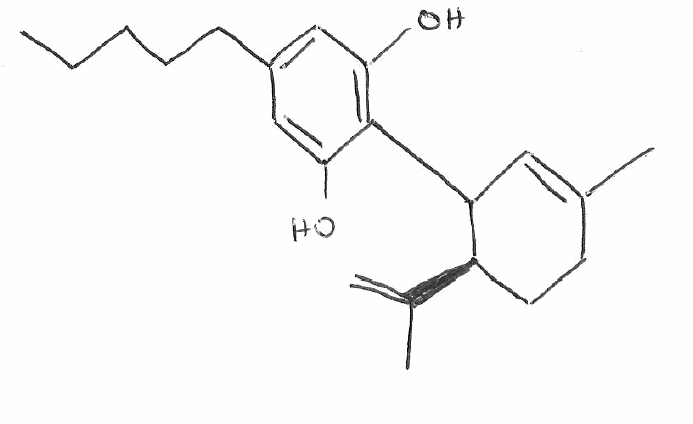
Simplified molecular-input line-entry system (SMILES) notation of the given molecule:
CCCCCC1=CC(=C(C(=C1)O)C2C=C(CC[C@H]2C(=C)C)C)O